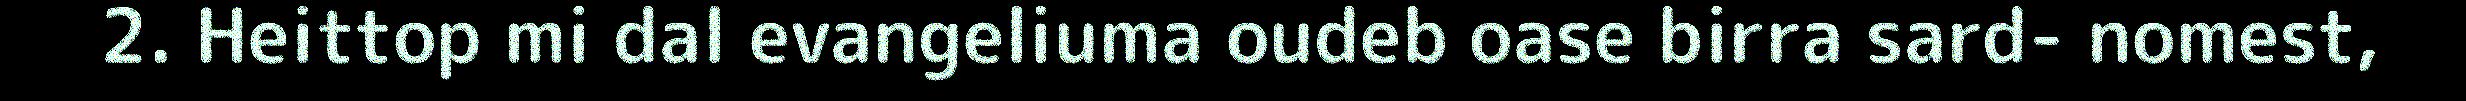
2. Heittop mi dal evangeliuma oudeb oase birra sard- nomest,